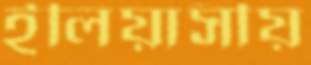
ইলিয়াসীয়